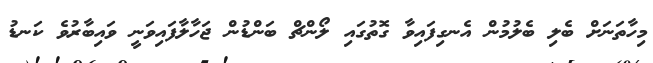
މިހާތަނަށް ބެލި ބެލުމުން އެނގިފައިވާ ގޮތުގައި ލޯންޗް ބަންޑުން ޖަހާލާފައިވަނީ ވައިބާރުވެ ކަނޑު